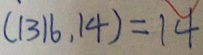
( 1 3 1 6 , 1 4 ) = 1 4